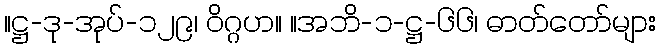
။ဋ္ဌ-ဒု-အုပ်-၁၂၉၊ ဝိဂ္ဂဟ။ ။အဘိ-၁-ဋ္ဌ-၆၆၊ ဓာတ်တော်များ